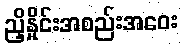
ညှိနှိုင်းအစည်းအဝေး